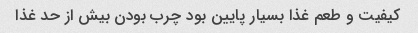
کیفیت و طعم غذا بسیار پایین بود چرب بودن بیش از حد غذا